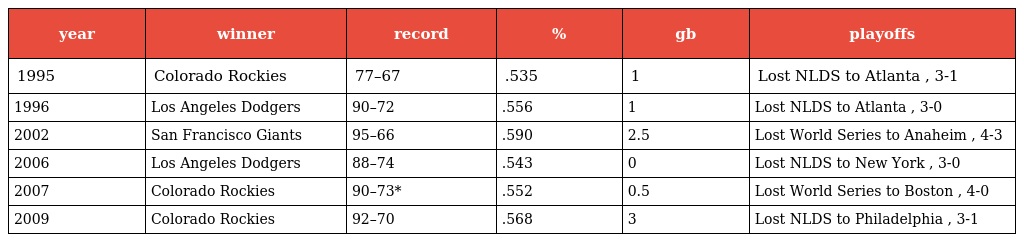
| year | winner | record | % | gb | playoffs |
 | --- | --- | --- | --- | --- | --- |
 | 1995 | Colorado Rockies | 77–67 | .535 | 1 | Lost NLDS to Atlanta , 3-1 |
 | 1996 | Los Angeles Dodgers | 90–72 | .556 | 1 | Lost NLDS to Atlanta , 3-0 |
 | 2002 | San Francisco Giants | 95–66 | .590 | 2.5 | Lost World Series to Anaheim , 4-3 |
 | 2006 | Los Angeles Dodgers | 88–74 | .543 | 0 | Lost NLDS to New York , 3-0 |
 | 2007 | Colorado Rockies | 90–73* | .552 | 0.5 | Lost World Series to Boston , 4-0 |
 | 2009 | Colorado Rockies | 92–70 | .568 | 3 | Lost NLDS to Philadelphia , 3-1 |